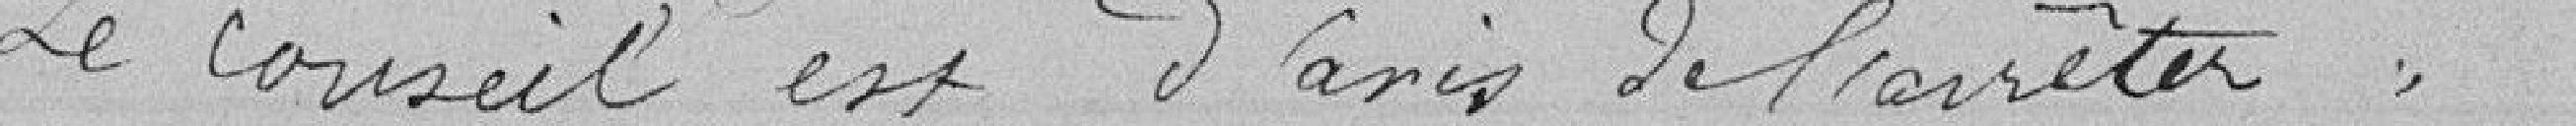
Le conseil est d'avis de l'arrêter